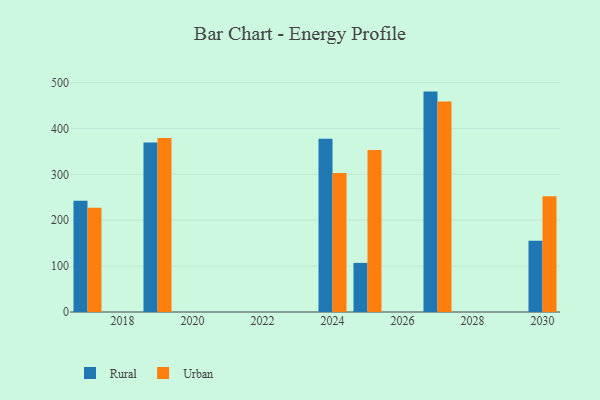
{"axis": {"x": "Year", "y": "Gross Profit (USD K)"}, "legend": ["Rural", "Urban"], "data": [{"x": "2027", "y": 480.5, "type": "Rural"}, {"x": "2027", "y": 458.8, "type": "Urban"}, {"x": "2025", "y": 107.1, "type": "Rural"}, {"x": "2025", "y": 353.1, "type": "Urban"}, {"x": "2024", "y": 377.8, "type": "Rural"}, {"x": "2024", "y": 303.3, "type": "Urban"}, {"x": "2019", "y": 369.8, "type": "Rural"}, {"x": "2019", "y": 379.3, "type": "Urban"}, {"x": "2030", "y": 155.3, "type": "Rural"}, {"x": "2030", "y": 252.4, "type": "Urban"}, {"x": "2017", "y": 242.3, "type": "Rural"}, {"x": "2017", "y": 227.4, "type": "Urban"}]}